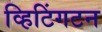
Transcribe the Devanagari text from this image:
व्हिटिंगटन